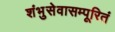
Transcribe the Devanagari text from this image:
शंभुसेवासम्पूरितं